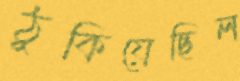
ঠুকিয়েছিল